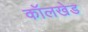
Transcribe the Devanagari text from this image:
कॉलखेड